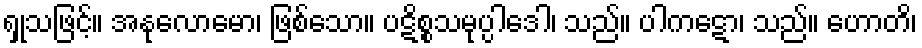
ရှုသဖြင့်။ အနုလောမော၊ ဖြစ်သော။ ပဋိစ္စသမုပ္ပါဒေါ၊ သည်။ ပါကဋော၊ သည်။ ဟောတိ၊